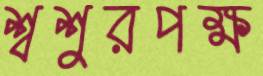
শ্বশুরপক্ষ